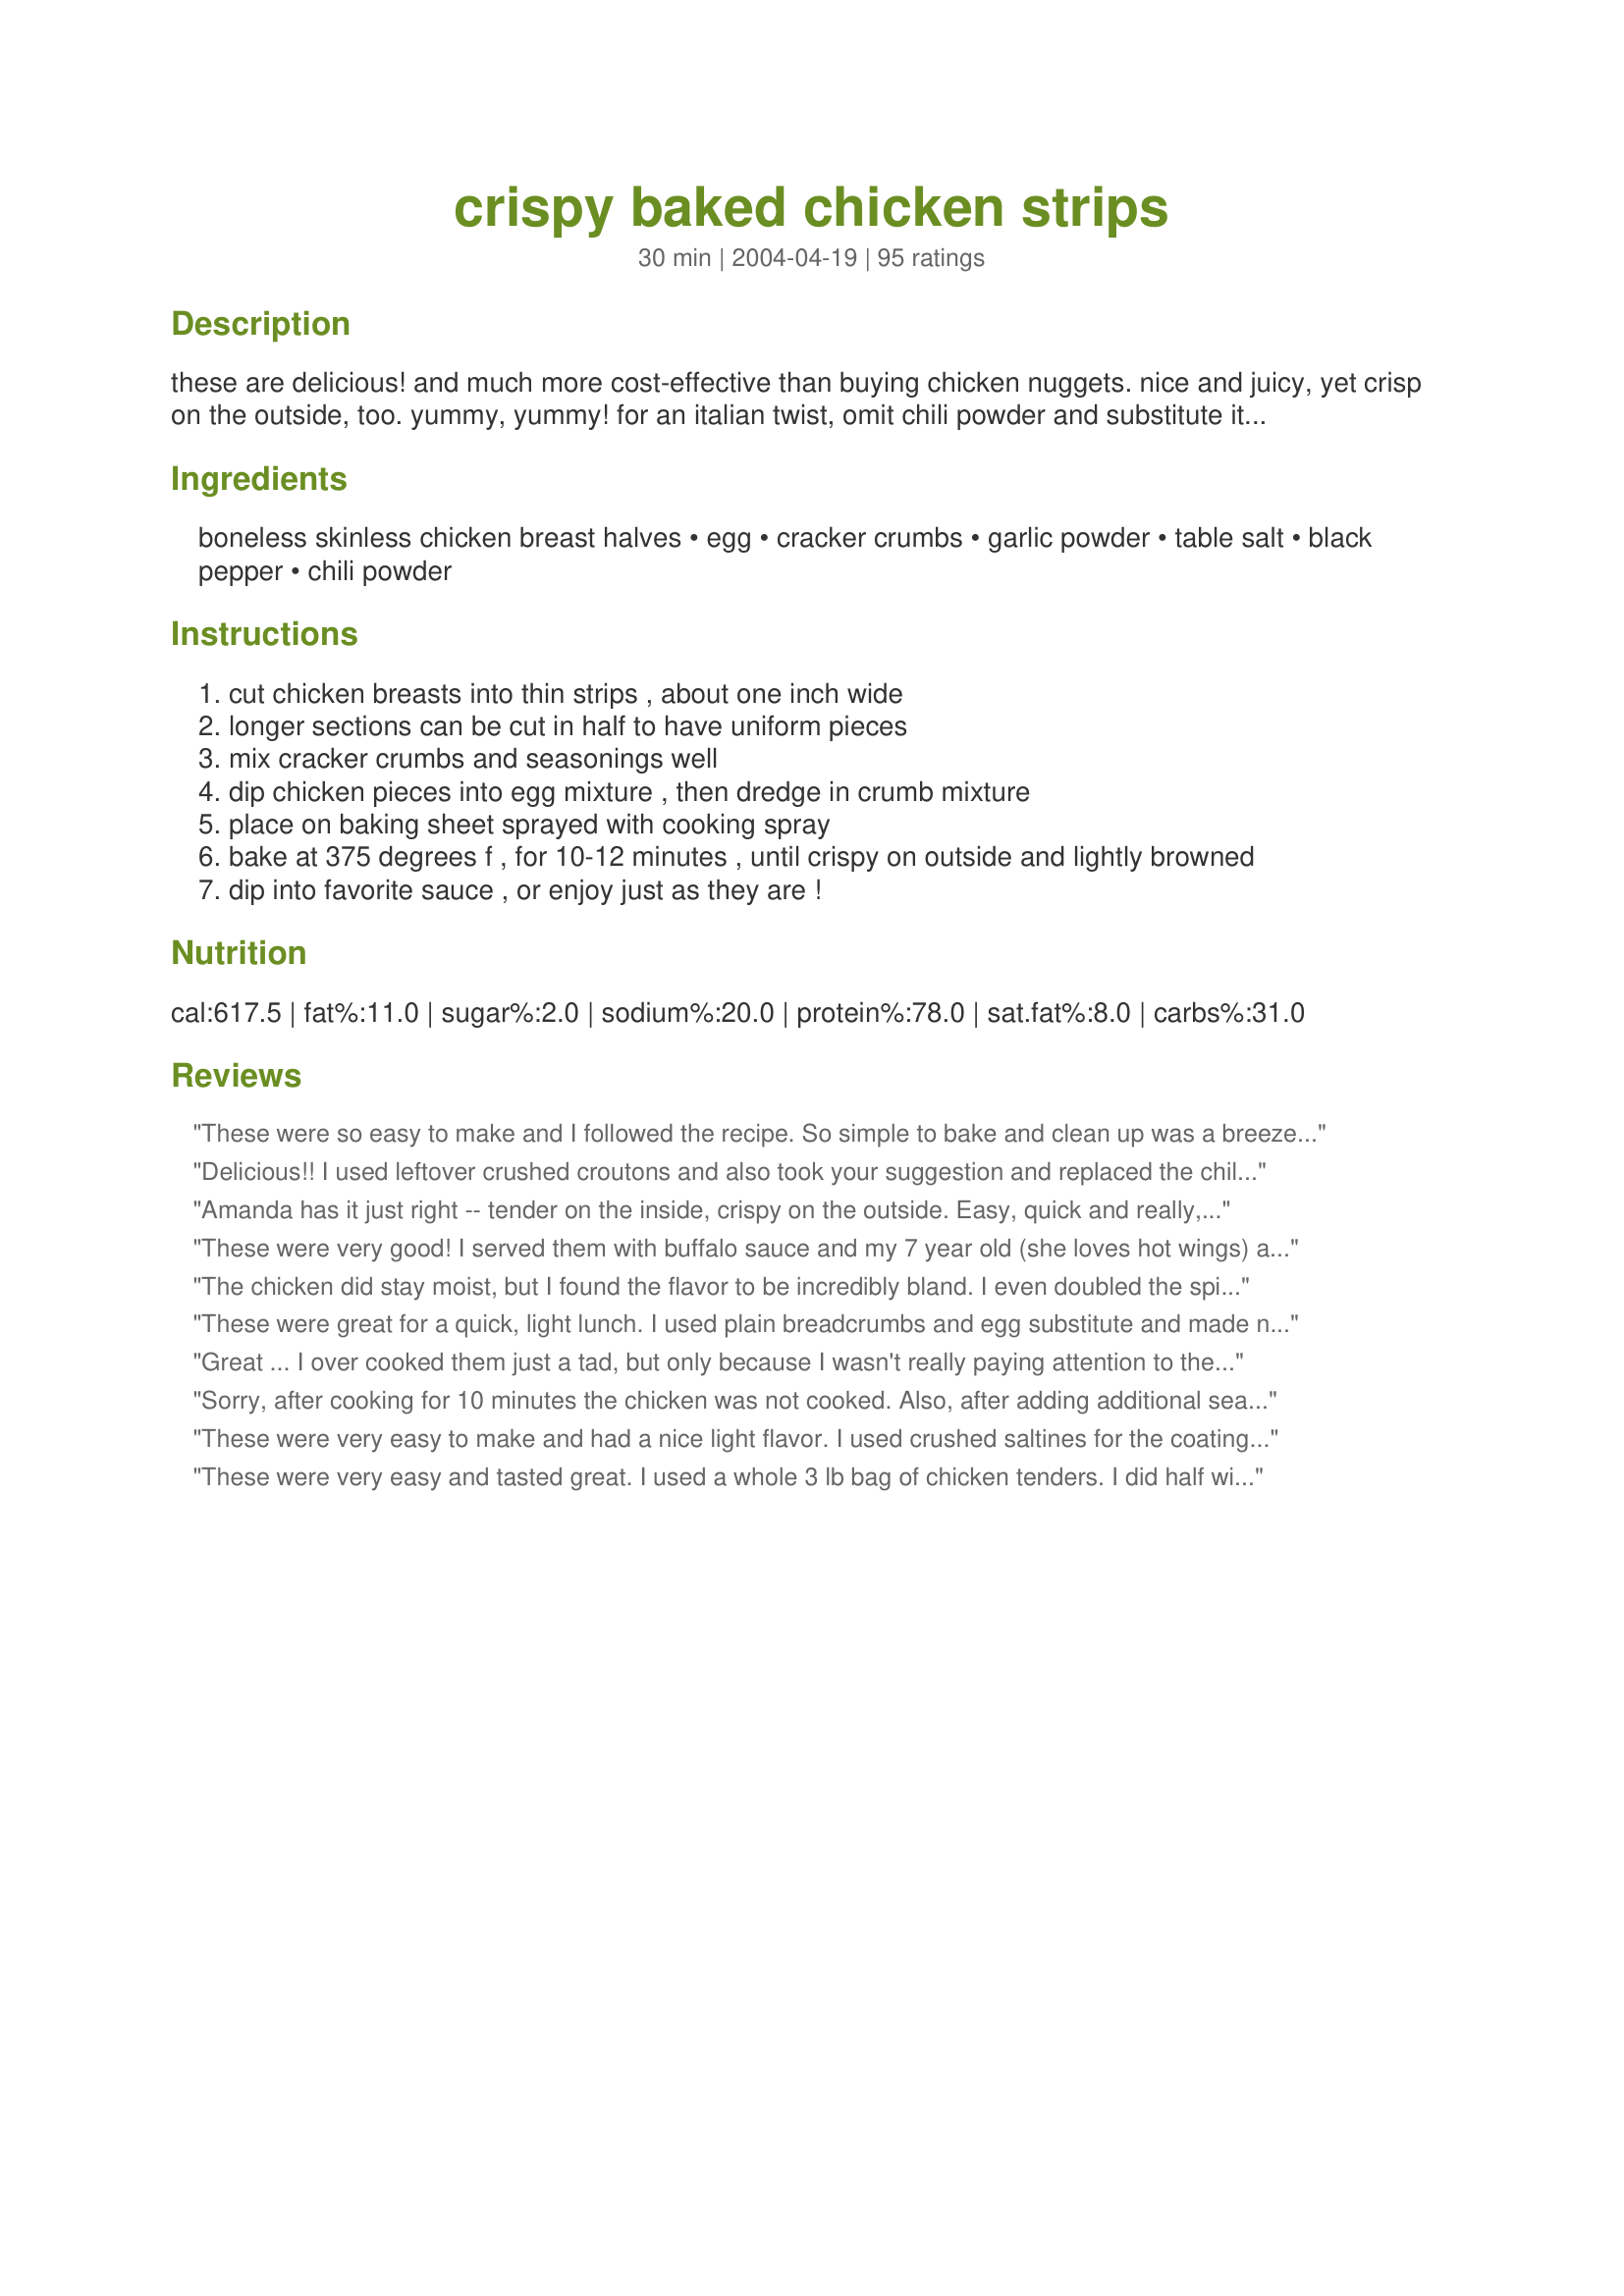
crispy baked chicken strips
Preparation time: 30 minutes

these are delicious! and much more cost-effective than buying chicken nuggets. nice and juicy, yet crisp on the outside, too. yummy, yummy! for an italian twist, omit chili powder and substitute italian seasonings. makes two dinner servings, or 4 lunch/appetizer servings.

Ingredients:
boneless skinless chicken breast halves, egg, cracker crumbs, garlic powder, table salt, black pepper, chili powder

Steps:
cut chicken breasts into thin strips , about one inch wide
longer sections can be cut in half to have uniform pieces
mix cracker crumbs and seasonings well
dip chicken pieces into egg mixture , then dredge in crumb mixture
place on baking sheet sprayed with cooking spray
bake at 375 degrees f , for 10-12 minutes , until crispy on outside and lightly browned
dip into favorite sauce , or enjoy just as they are !

Reviews:
These were so easy to make and I followed the recipe. So simple to bake and clean up was a breeze! This is a keeper for sure! Thanks amanda!
Delicious!! I used leftover crushed croutons and also took your suggestion and replaced the chili powder with Italian seasoning. My strips were a little thicker, so I baked for 20 minutes. They were very tasty & moist inside! Quick & easy!! Thanks!!
Amanda has it just right -- tender on the inside, crispy on the outside. Easy, quick and really, really good. Forget McNuggets. Go for these! I made it exactly as it's written and it came out just right. Took a little longer to cook, though, but that's probably because I doubled the recipe. This is a keeper.
These were very good! I served them with buffalo sauce and my 7 year old (she loves hot wings) ate a ton! Thank you!
The chicken did stay moist, but I found the flavor to be incredibly bland. I even doubled the spices because the proportions seemed a bit off. If I attempt this dish again, I will try cracker crumbs instead of bread crumbs.
These were great for a quick, light lunch. I used plain breadcrumbs and egg substitute and made nuggets instead. They were so moist! Just be sure to keep the pieces spread out on the baking sheet to ensure an extra crispy outcome.
Great ... I over cooked them just a tad, but only because I wasn't really paying attention to the timing. For the crumbs, I used a combination of wholemeal saltines, Kavli crispbreads, and Weetbix cereal, whizzed in my stickmixer food processor attachment.
Sorry, after cooking for 10 minutes the chicken was not cooked. Also, after adding additional seasoning, they were bland.
These were very easy to make and had a nice light flavor. I used crushed saltines for the coating. My husband really enjoyed these. Thanks for posting!
These were very easy and tasted great. I used a whole 3 lb bag of chicken tenders. I did half with crushed ritz crackers and chili powder and half with italian breadcrumbs. I would like to try this recipe with fresh meat and flash freeze for nuggets. Couldn't do that this time, because meat was already frozen.
Next time I’ll add much more spice. Nice fat-free cooking. It’s nice that the breading stays on.
These were easy and yummy. Great as a party snack! Add whatever seasonings you like ... but I really enjoyed the spices suggested in the recipe, just added a bit more than called for 'cause we like things spicey! Served with three dipping cups: barbecue sauce, ketchup, and ranch dressing.
I made these and mine didn't Brown at all. I followed the recipe up until baking them for 15 mins.@375. And then at 425 for 15 mins.more. Still didn't Brown but oh my goodness the flavor was awesome and so moist. We loved them.
This was easy, we also added chicken salt and the kids love, easy dinner.
If I make them again, I will use flavored breadcrumbs. Just a little bland for me.
Very good chicken strips, easy and quick to make. I used a one pound package of chicken breast tenderloins, breadcrumbs, and garlic pepper salt. One egg didnt seem like enough so I used two and that worked better for me. I used ranch dressing for dipping and DH used barbecue sauce. Nice crunchy coating that stayed on well and the chicken was tender. Served with Maries Recipe #77514 #77514 and whole kernel corn. Will make these again, thank you AmandaBeth for posting! Made and reviewed for the Kid Friendly Recipe Tag Game.
These were very good. I had trouble getting these to brown up but I sprayed them with buttered Pam lightly and left them in 5 extra minute on each side and they got a nice golden color to them. I used chicken tenders so I didn't have to cut up the chicken. The kids said 5 stars all the way-I didn't get to try any cause they beat me too it! Thanks for a very easy kid TNT recipe. Next time I will know to make lots more.
Chicken fingers without the cost or the guilt? I'm IN! These were fabulous! The only thing I will do differently next time is make half of the breading mixture. I used 2 normal-sized chicken breasts and ended up throwing a lot of the breading mixture away. Besides that, this recipe was perfect! Thanks, Amanda Beth!
DON'T MAKE MY MISTAKE. I am anxious to try this recipe again but with different cracker crumbs. I used a plain, tasteless, saltless and very heavy type of cracker (that's all I at the time). I also used part bread crumbs. I added the spices listed but it wasn't enough to add any flavor probably because of the crackers. My guess is if the cracker is good to taste and light enough to crush up with one hand you've got a winner.
My family really enjoyed this chicken. I used 1/2 bread crumbs and 1/2 cracker crumbs, and Italian seasoning. I loved the fact that they aren't fried. I served this with noodles and corn and it made a really quick and easy week night dinner. Thanks Amanda Beth for a wonderful recipe!
These were great! I would cut back on the amount of bread crumbs (and therefore the spices, accordingly). I cut my chicken into 1/2&quot; strips (so there were even more of them), cut the bread crumbs to 1 1/2 cups and there was way too much. Of course you have to toss it because of the raw egg and raw chicken. We loved these, though.
I made the italian version and they tasted good. Mine, however, never got brown, but they were good.
Wow! These were super easy and good! Perfect for a busy night. My dh was angry when he realized we were out of what I usually buy, so I whipped these up instead. Thanks so much for sharing, no changes were necessary!
first i must tell you that these are really good.i needed something for just 2 people and this fit the bill.this recipe could be doubled very well.as for the bread crumbs i didn't use the full 2 cups, i just used 3/4 cup of seasoned and i still added the chili powder.it took just a little longer to bake these,i guess it was the way i cut them.i didn't need dipping sauce i thought they were good on their own. for a different taste you could even change the seasonings.i will make this again thank you.
Used crushed cornflakes instead of bread crumbs. I think i added too much pepper. but these are simple healthy dish that you can make again and again. I used HOney mustard dressing #4058 for the dipping
Is the time right on this? It doesn't seem long enough.
Made this for a group of children, but the adults liked it even more!! But it's sometimes hard to get kids to realize that the "homemade" is better than what comes in a bag or a foil packet!!lol
These made for a yummy dinner. Mine didn't really get crispy but the coating held up well and was full of flavor. I would defintely use this recipe again.
Well done. I love the recipe, though there was quite a bit of the breading left over, so I double breaded them to prevent wasting the ingredients. I used Panko crumbs, and left out the chili powder simply because I didn't have any of it, baked them twice as long, and they were grand. They go lovely with some homemade baked potato wedges and ranch dressing. I'll be sure to pick up some chili powder next time I plan to make these.<br/>Thank you for the recipe, Miss Amanda. <3
this was GREAT. looked and tasted like restaurant quality. and healthier. ;) thanks for sharing!
These were great! We used Panko instead of breadcrumbs, and it was great. We'll make them again for sure.
These were pretty good!
Love it! We added a little more garlic because we love garlic and about 3T parmesean cheese. Excellent, cooked up very nice! I made "nuggets" for DS and I had strips. Will use again.
I also cooked longer (30 mins) and increased the temp to 400. A similar recipe I had said place pats of butter around the chicken before baking. Tastes great and still crispy. Use the buttery crackers for crumbs, add italian seasonings.
Sounds delicious. How much Parmesan cheese do you add?
Delicious! Better than any storebought I have ever had. Crisped up nicely and lots of flavour.
The seasoning was bland and missing something.
great recipe- I did have to use two eggs for the same amount recipe, but came out tasting very good- thank you :)
Great, easy recipe for chicken. I used Italian panko so left out the chili powder. Will go with many side dishes.
Very moist on the inside and crunchy on the outside. Mixed half parmesean cheese wth the bread crumbs. Cooked 10 minutes then flipped them over and cooked another 10 minutes. Also dotted them with butter before baking. Thank you for such a nice recipe. My family and I enjoyed the recipe very much.
Amazingly good. I added Montreal Chicken seasoning and it was awesome.
I have made these several times and they are really good! I usually use seasoned breadcrumbs and the italian seasoning instead of the chilli powder. I also have started to use about 1/2 the amount of bread crumbs stated because I always have so much left over. This is an easy, quick, fool proof meal. Thank You for sharing :)
Definitely a five star recipe. I followed the recipe exactly but the strips took 30 minutes instead of 10 to bake. This tasted soooo good for being baked, not fried; my whole family loved it. Thanks for a great chicken strip recipe. I will make this again really soon.
I really enjoyed these chicken strips! The chili powder gave it a little kick and I loved the garlic taste. I used chicken breast tenderloins and coated with saltine crackers. Thanks for the recipe! Very quick and easy and tasty too.
I needed something easy, and these fit the bill. I used 3 chicken breasts. My only complaint is that 2c of breadcrumbs was WAY too much; I might have used 1/2c-3/4c. Next time I might use the same spices but w/only 1c crumb (I make my own from homemade bread, so I hate to waste). I really liked these dipped in ranch dressing. Mine took 20 min. to cook; I think it all depends on "how you slice it". Mine were about 1/4-3/8" thick. My whole family loved them, and I love that it's healthy and easy. It's a keeper!
Yummy! Was going to make these for the kids but they sounded so delicious I made them for the whole family. I lightly toasted the breadcrumbs in the oven first so I had no problems getting a golden finish. Also I had run out of eggs so I first dipped chicken in melted butter before coating. I used garlic powder and italian seasoning. A big hit with everyone, thanks for a great recipe.
I substituted the Italian seasoning for Chili powder, and this came out wonderful! We'd definitely make it again, except I'd add some parmesan cheese and use chicken tenderloins instead.
This was amazing i did change a few things though. i added about a teaspoon of dried parsley, a shake of cayenne pepper, about 1 1/2 tsp seasoning salt,a big shake of garlic powder, some onion powder,and i finally found my pepper grinder i got from the dollar store so i added about a tsp of that all to some crushed crackers. (my first attempt at putting toast in the oven to dry it out some more ended up black.) i also added a little of all of these except the parsley to a handful of flour.(dip in flour, then egg, then cracker). i used about half a package of crackers, one egg and one chicken breast. it made about 12 pieces. I ran out of egg for the last 2 pieces so i dipped them in mayonnaise. They came out with a little more flavor then the others but the breading was loose on them. I also found this amazing dipping sauce recipe that tasted amazing. My dad loved this and hes the pickiest person i know.&lt;br/&gt;&lt;br/&gt;Heres the link for the dipping sauce. Enjoy :)&lt;br/&gt;http://www.food.com/recipe/zaxbys-chicken-fingers-dipping-sauce-302553
This is dish number 5 from the simple chicken recipes that I have tried, but our family found it the least tasty of all. I used breadcrumbs, and I wish I would have used only one cup because the other seasonings were completely lost, and I had a ton of breading left over. If I try it again, I will use everyone's advice and use cracker crumbs instead.
My little sisters ate ALL of the chicken. It came out very moist and didn't take long to cook. Next time I will bake it a little longer because although the chicken was done, it did not brown enough for me. I would have liked it to turn out darker. But taste is what I am rating and the taste was worthy of five stars!
I used Italian breadcrumbs, tripled the seasonings (except the salt, which I left alone), and added a little cayenne pepper. Very easy and quick. Next time I think I will try it with panko breadcrumbs.
These were really good, and so easy to mix up and bake. I used Ritz crackers for the cracker crumbs. In my oven, these took about 18 minutes to cook, I turned them after 10 minutes to brown evenly on both sides. This served 3 of us for dinner.
These were really good! I scaled down the recipe since there were just two of us, used chicken tenderloins, Penzey's Rocky Mountain Seasoning, and panko crumbs. I lightly sprayed the tops with Pam and baked for 3o minutes.I'm glad I found this tasty, low-fat recipe- thanks for posting it!
Wonderful and so easy!
I love it! Dh loved it too! I had added parm cheese and oregano for a twist. The cheese made it a little harder to eat with your fingers but tasted great! I love this recipe!
Well, for a family pleasing meal, I simply MUST give this 5 stars. I word of warning is for others not to count on the time being right on...phew! My chicken wasn't thick or anything, but still took 35 minutes at 375. I was amazed! I cut 3 pieces of chicken (1 1/4 lb) into 3rds, so I have no idea why they took so long! I mean, I would have thought they were bone-in chicken breasts if I didn't know any better. Thanks, though, for a wonderful alternative to frying up the little boogers! :)
Mmmm...delicious! So quick and easy and goes great with home-made french fries!
These were wonderful! So easy! I did add 1/4 cup parmesan cheese to the bread crumbs (I used Italian style breadcrumbs -- all I had on hand)...I did cook them for 30 minutes because we like ours "well-done"...But the kids loved these and so did I! This is a new keeper on our monthly rotation! Thank you for this recipe, Amanda Beth! YUM!
They are very good. I ran out of cracker crumbs, so I ended up with a mixture of crackers, breadcrumbs (plain) and some corn flake crumbs. Husband had them with BBQ sauce, dd opted for ketchup and mustard and I had mine plain. Forgot to rate these the first time and came back to find the recipe...guess what's on the menu for tonight?!?!
These were delicious! I made them with the italian flavored bread crumbs which gave them a great flavor. They tasted even better when dipped in Audrey's Honey mustard dressing #45529.
We really enjoyed these! I cut my strips pretty thin, but still had to bake for 15 minutes instead of 10-12. Made them a bit more healthful by using two egg whites instead of one whole egg. Also bumped up the spice by combining 1 c. seasoned breadcrumbs, 1/2 c. Panko, 1/2 c. whole wheat flour, 2 tbsp. jambalaya spice, and 1 tsp. cayenne pepper for the breading -- had tons left over, so I would probably only use 1 c. next time. Thanks for the recipe!
These were pretty good. I will make them again, but I'll add more seasonings next time. They're easy, and I know my grandkids will like them for sure! I used panko crumbs and they were indeed crispy. Thanks for posting!
This is a good healthy alternative to the deep fried strips my kids love. I cut the chicken breasts into strips, used Italian bread crumbs (only needed 1 cup), and didn't use the chili powder (as recommended). I cooked the chicken for 10 min on one side and 10 min on the other and used BBQ sauce to dip. The chicken was moist and the flavor was decent. It wasn't very crunchy, however. I would make these again. Thanks!
Delicious! I used Panko bread crumbs & added some seasoning salt & a pinch of sezchuan seasoning. These turned out perfectly crunchy, but as others have mentioned I did have to bake them for about an extra 10 min & cranked my oven up to 400. Yum! A family hit!
Great recipe. I used the cracker crumbs. They were so tasty. Quick and simple to make. Will make again soon. Thanks for sharing.
These were so good! Much better than the fat-laden store bought kind. I used homemade breadcrumbs and increased the chili powder. I will certainly make these again!
I did eggs and breadcrumbs twice and left in for around 15 minutes. It needed more seasoning but other than it was good!
Easy, quick and very tender and tasty chicken! Changes I made-added Tony Chachere's and onion powder instead of salt, black pepper, and garlic powder (didn't have it). Dipped in ketchup, ranch, and honey mustard. Was best with ketchup and ranch. Would have loved to dip with sweet BBQ sauce too since the chicken has a kick. Thanks!!
I made this to have "something different" for dinner a few weeks ago. Fiance and I loved it! He ate the leftovers later that night. I did omit the chili powder for Italian seasoning. Thanks for a great recipe!
This recipe was very good. I marinated the chicken strips for 2 hours before coocking with 1/4 cup hot sauce, a dash of ground all spice and cajun seasoning. They came out perfectly done, with optimal crispness and nice color.
My husband personally prefers the chili rather than the italian seasoning but my kids and I enjoy both. They do also take a little over 30 minutes to bake but I think its my oven. Thanks for the dish!
Very, very good! :) I used cracker crumbs and served with BBQ sauce. I made these as part of our New Year's Day appetizer menu. They were really crunchy on the outside and moist on the inside. Thank you for the great appy recipe!
The BEST breaded chicken I've ever had! I followed the recipe, using crushed ritz crackers. The flavor was incredible! The chicken was super moist and juicy. On a few of the last ones, I double battered them-- in the egg, then crackers, then repeat! Those were extra good. They came out crisp and delicious. Weren't even soggy on the bottom.
I used chicken tenders, which I left whole since they are so small. Used Ritz crackers and the seasonings as listed. Baked for 15 minutes and turned the tenders over halfway through so they would brown on both sides. While the chicken was moist, tender and a pretty golden color, we could not taste any seasoning and found them to be very bland unless dipped into barbecue sauce.
I made these as another reviewer suggested, with only 1 cup of plain breadcrumbs. I think these would be better with some more seasonings (mustard? more garlic?) or crackers instead of breadcrumbs, but they were easy to make and good for a weeknight. I made them with some roasted potato cubes that I nuked ahead of time to match their cooking time to the chicken.
I am so happy to have this recipe. We love chicken strips and yet I had never made them. We always get "take-out" chicken stips and they are always deep fried. These tasted great and were so very easy to prepare and they are NOT FRIED! Thanks!
My family didn't really like these. We didn't put the chili pepper in, and thought it was a bit bland. If you have a good dipping sauce, they might be better.
This was a great meal. I used crushed cheese and garlic croutons, garlic salt and crushed red peppers (pizza topping type). And these turned out great. Love these things!
Very easy to make. I followed the recipe, exactly. Tastes great, cleanup was a breeze.
I love that these are a healthy alternative! These came out tender and crunchy, I had baked the strips on top of cooking oil sprayed parchment paper and did have to bake it for a bit longer than 10-12 minutes. The seasoning adjustment is very important if you use plain breadcrumbs; since cracker crumbs (the cracker) is usually salted or more flavorful.
I used 1/2 panko and 1/2 wheat cracker crumbs, omitted the chili powder, doubled the garlic powder, added a little more salt, and added some paprika as well.
Next time I will try a little parmesan cheese and maybe even some thyme. I'll bet this could work for fish strips as well!
Absolutely wonderful. All three of my picky eaters cleaned their plates and even asked for seconds.
So quick, easy, and good. Really like these. Made up a bunch and we'll be taking them in lunches for a while. They freeze great.
Wow! I LOVE chicken strips and never knew how to make them. These will be a staple in our home!! I had to alter the recipe a bit though to accomodate what was in my cabinets! I used 1 cup Italian style breadcrumbs, 1/2 teaspoon garlic salt and 1/8 teaspon black pepper. Came out amazing!!!!!
Not too bad. They were very simple to make and I love that they are a healthy alternative to fried chicken nuggets. They were a little bland for us, so next time I'll add more seasonings. Maybe a packet of ranch dip mix
My daughter in law made this and I'm in love. Never had chicken so moist and crunchy. Can't wait to make them for myself.
Thank you for this recipe, it was just what I was looking for. I didn't make it the exact same way, but I did use it for a jumping off point. So, here's what I did: instead of egg I used milk, I used salt, black pepper, and cayenne, and I covered it with foil and baked it for about 30 minutes. The chicken came out moist on the inside and crispy on the outside. Again, thank you for this recipe!
Oh my god! This was so easy to make and it was so, so, so good! I made both Italian and the one with the chili pepper. Both were good, but I kinda liked the original one with the chili pepper better. This is the first time i bake with finely crushed crackers and it came out very crispy. I'm so glad I found this site. Thanks for the recipe.
Just love this recipe. I changed it a bit though. Instead of chicken I used minced meat and instead of breadcrumbs I used pasta. In the end it was a great bowl of spaghetti.

But seriously: I followed the recipe and it came out perfect. Took a little more than 12 minutes but who cares :)
These tasted too much like a cracker and too little like breaded strips. I think that I will keep the recipe and use less cracker and more spice for a 2nd try - since it is VERY ecconomical.
These were good! Although I do think I will try the Italian seasoning and breadcrumbs mentioned below -- that sounds like a delicious combo! All in all we really enjoyed them! I also made homemade honey mustard sauce to dip them in! Thanks for posting!
These were great!
I made these in an effort to replace the fried nuggets that a VERY picky three year old begs for on a daily basis. He loved them!!! thank you so much for a heathy alternative to chicken nuggets.
BTW - this recipe is also very kid-kitchen friendly. I put everything in shallow plates and he made the nuggets himself. I was so surprised at how well he breaded them...and he was so proud! Thanks also for the Friday night smile!!! 
Oh, and the adults ate them right up too!!!! Delicious!
I used cornflakes in lieu of crackers and bread crumbs as I didn't have any. I whizzed them up in the food processor nice and fine and did everything else as the recipe stated. It was super quick and very moist and delicious! My 3 year old son ate them up really fast with ketchup and homemade honey mustard sauce. Very good! Will make again. Thank you! :)
Will never fry nuggests in oil again! This was fast, good and easy to clean up cooked on parchment paper. A real winner!
I agree with annlouise: 2 cups is way too much bread/cracker crumbs--I used 5 breasts instead of 2 and I still had crumbs left over! It's also not terribly flavorful. I'm wondering if it's a typo, and 2 cups should have been 1/2 cup. I'll try it that way next time, leaving the pepper and chili powder the same. I also recommend flavored/seasoned breadcrumbs.
I made these chicken strips twice. The first time, I made as directed (using Italian breadcrumbs instead of crackers) and thought these strips were bland, even when smothered in homemade honey-mustard sauce. The second time I made these, I seasoned the chicken directly with salt, black pepper, garlic powder, onion powder, paprika, and oregano, and used Italian breadcrumbs for the coating again. Much better tasting the second time around, but the breadcrumb coating didn&#039;t turn crispy as it should have according to the recipe. My kids liked these chicken strips, though, so I will be making them a third time with crackers instead of breadcrumbs, all of the spices aforementioned, and I&#039;ll add the chili powder for an additional contrasting flavor. Thank you for posting.
